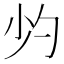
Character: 𱚣